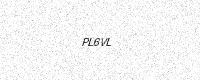
Text: PL6VL